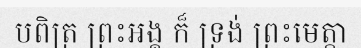
បពិត្រ ព្រះអង្គ ក៏ ទ្រង់ ព្រះមេត្តា